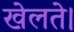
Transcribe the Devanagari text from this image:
खेलते।